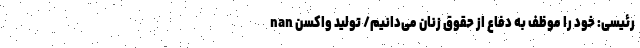
nan رئیسی: خود را موظف به دفاع از حقوق زنان می‌دانیم/ تولید واکسن